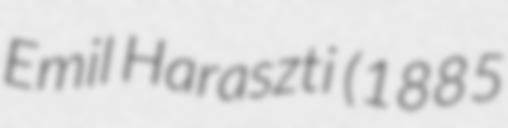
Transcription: Emil Haraszti (1885